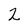
Character: 2